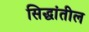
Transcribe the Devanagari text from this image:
सिद्धांतील